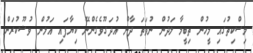
މިސްކިތުގައި މީހުން ތިބީމާ ލަދުން ނުވަތަ ދާން އުދަގޫވެގެންނޭ ކިޔާފައި އަލުން ވުޟޫކުރަން